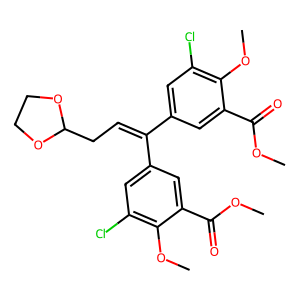
SMILES: COC(=O)c1cc(C(=CCC2OCCO2)c2cc(Cl)c(OC)c(C(=O)OC)c2)cc(Cl)c1OC
Inhibits HIV replication: Yes